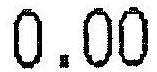
0.00